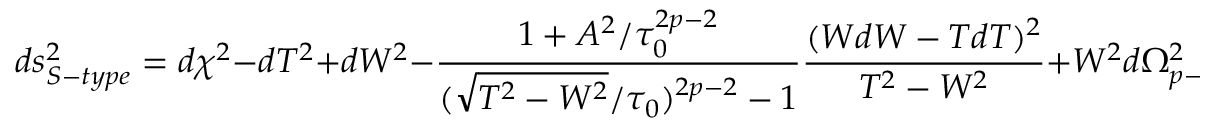
d s _ { S - t y p e } ^ { 2 } = d \chi ^ { 2 } - d T ^ { 2 } + d W ^ { 2 } - \frac { 1 + A ^ { 2 } / \tau _ { 0 } ^ { 2 p - 2 } } { ( \sqrt { T ^ { 2 } - W ^ { 2 } } / \tau _ { 0 } ) ^ { 2 p - 2 } - 1 } \frac { ( W d W - T d T ) ^ { 2 } } { T ^ { 2 } - W ^ { 2 } } + W ^ { 2 } d \Omega _ { p - 2 } ^ { 2 } \ .